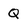
Character: Q